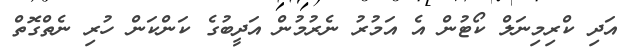
އަދި ކްރިމިނަލް ކޯޓުން އެ އަމުރު ނެރުމުން އަދީބުގެ ކަންކަން ހުރި ނެތްގޮތް